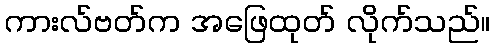
ကားလ်ဗတ်က အဖြေထုတ် လိုက်သည်။